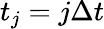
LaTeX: t_{j}=j\Delta t